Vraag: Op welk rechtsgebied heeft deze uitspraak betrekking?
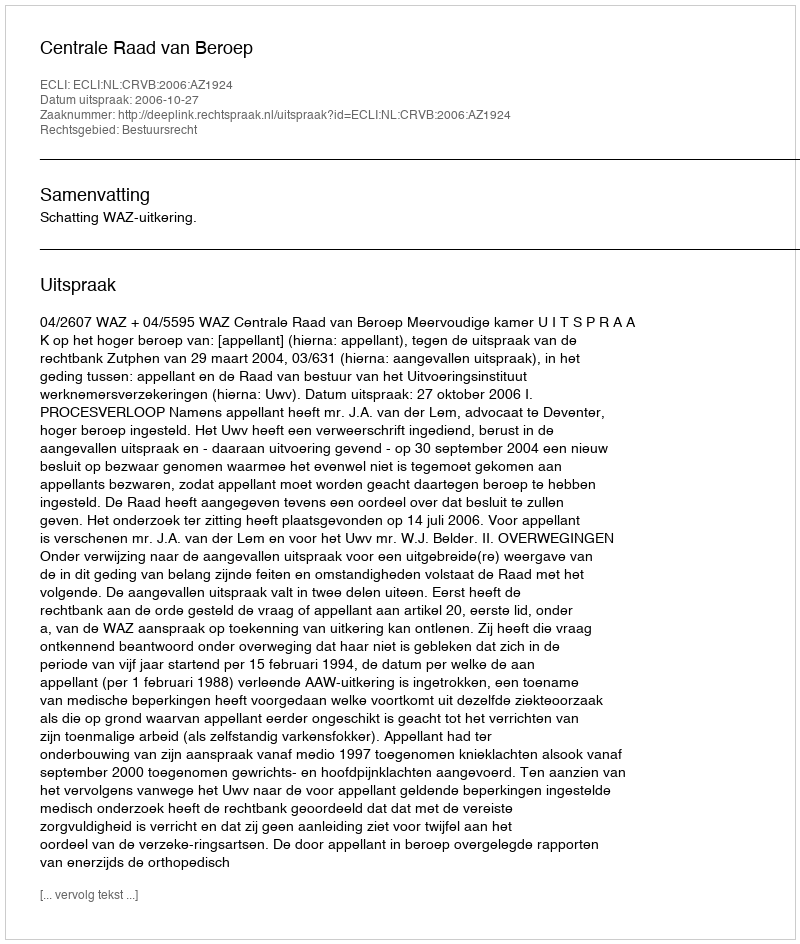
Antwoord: Bestuursrecht